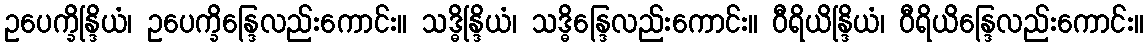
ဥပေက္ခိန္ဒြိယံ၊ ဥပေက္ခိန္ဒြေလည်းကောင်း။ သဒ္ဓိန္ဒြိယံ၊ သဒ္ဓိန္ဒြေလည်းကောင်း။ ဝီရိယိန္ဒြိယံ၊ ဝီရိယိန္ဒြေလည်းကောင်း။